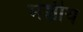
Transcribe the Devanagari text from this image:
मञ्चीय